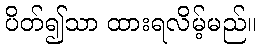
ပိတ်၍သာ ထားရလိမ့်မည်။